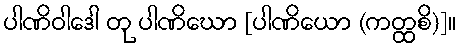
ပါဏိဝါဒေါ တု ပါဏိဃော [ပါဏိယော (ကတ္ထစိ)]။